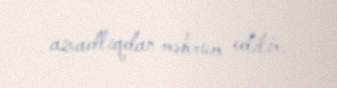
azadlıqdan məhrum edilir.